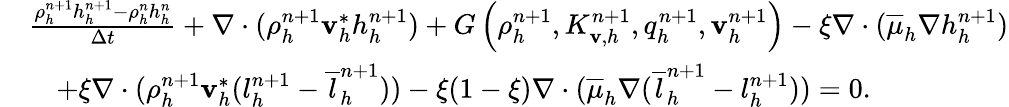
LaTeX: \begin{array}{rl}&{\frac{\rho_{h}^{n+1}h_{h}^{n+1}-\rho_{h}^{n}h_{h}^{n}}{\Delta t}+\nabla\cdot(\rho_{h}^{n+1}\mathbf v_{h}^{*}h_{h}^{n+1})+G\left(\rho_{h}^{n+1},K_{\mathbf v,h}^{n+1},q_{h}^{n+1},\mathbf v_{h}^{n+1}\right)-\xi\nabla\cdot(\overline{{\mu}}_{h}\nabla{h}_{h}^{n+1})}\\ &{\quad+\xi\nabla\cdot(\rho_{h}^{n+1}\mathbf v_{h}^{*}(l_{h}^{n+1}-\overline{{l}}_{h}^{n+1}))-\xi(1-\xi)\nabla\cdot(\overline{{\mu}}_{h}\nabla(\overline{{l}}_{h}^{n+1}-{l}_{h}^{n+1}))=0.}\end{array}